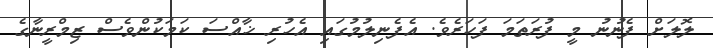
ލޮލަށް ފެނުނު މީ ފުރަތަމަ ފަހަރެވެ. އެފެނިލުމުގައި އެހުރި ޚާއްސަ ކަމަކުންވެސް ޒިމްރީނާގެ